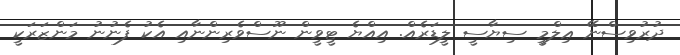
ދުރުވިސްނޭ ޢިލްމީ ސިޔާސީ ލީޑަރެއް. އިއްޔެ ޓީވީން ނޫސްވެރިންނާއި އެކު ފެނުނު މަންޒަރަކީ